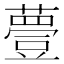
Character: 𧀆